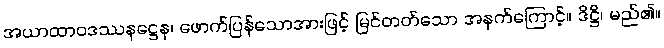
အယာထာဝဒဿနဋ္ဌေန၊ ဖောက်ပြန်သောအားဖြင့် မြင်တတ်သော အနက်ကြောင့်။ ဒိဋ္ဌိ၊ မည်၏။